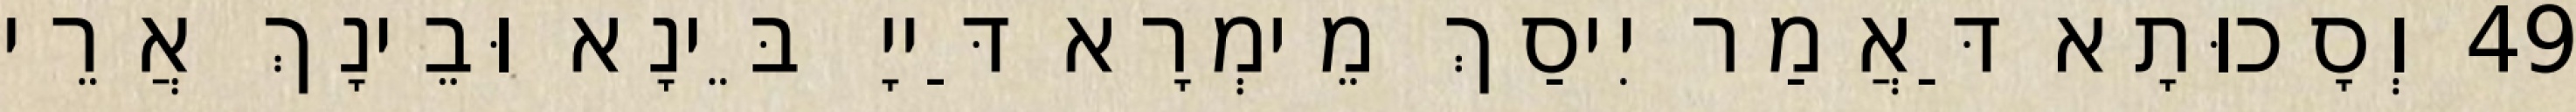
49 וְסָכוּתָא דַּאֲמַר יִיסַךְ מֵימְרָא דַּייָ בֵּינָא וּבֵינָךְ אֲרֵי